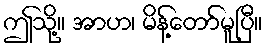
ဤသို့။ အာဟ၊ မိန့်တော်မူပြီ။